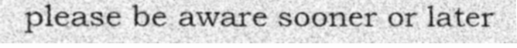
please be aware sooner or later